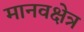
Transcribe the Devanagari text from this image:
मानवक्षेत्र